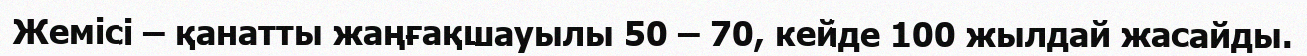
Жемісі – қанатты жаңғақшауылы 50 – 70, кейде 100 жылдай жасайды.